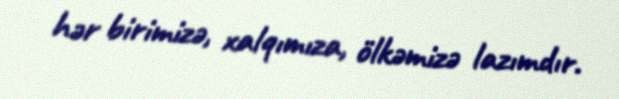
hər birimizə, xalqımıza, ölkəmizə lazımdır.